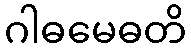
ဂါဓမေဓတိ